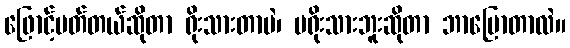
ဖြောင့်မတ်တယ်ဆိုတာ ရိုးသားတာပဲ၊ မရိုးသားဘူးဆိုတာ ဘာပြောတာလဲ။